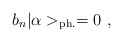
\begin{align*}b_{n} | \alpha >_{{\rm ph.}} = 0~, \end{align*}